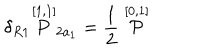
LaTeX: \delta _ { R 1 } \stackrel { [ 1 , 1 ] } { P } _ { 2 a _ { 1 } } = \frac { 1 } { 2 } \stackrel { [ 0 , 1 ] } { \cal P }